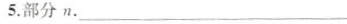
5.部分n.___